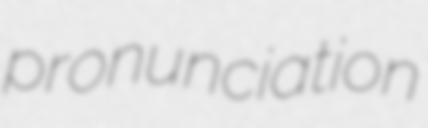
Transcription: pronunciation